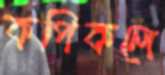
কপিকলে